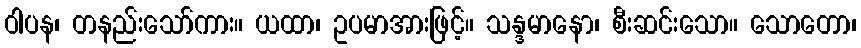
ဝါပန၊ တနည်းသော်ကား။ ယထာ၊ ဥပမာအားဖြင့်။ သန္ဒမာနော၊ စီးဆင်းသော။ သောတော၊